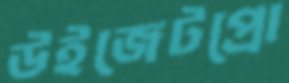
উইজেটপ্রো